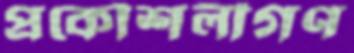
প্রকৌশলীগণ